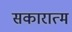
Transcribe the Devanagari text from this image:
सकारात्म